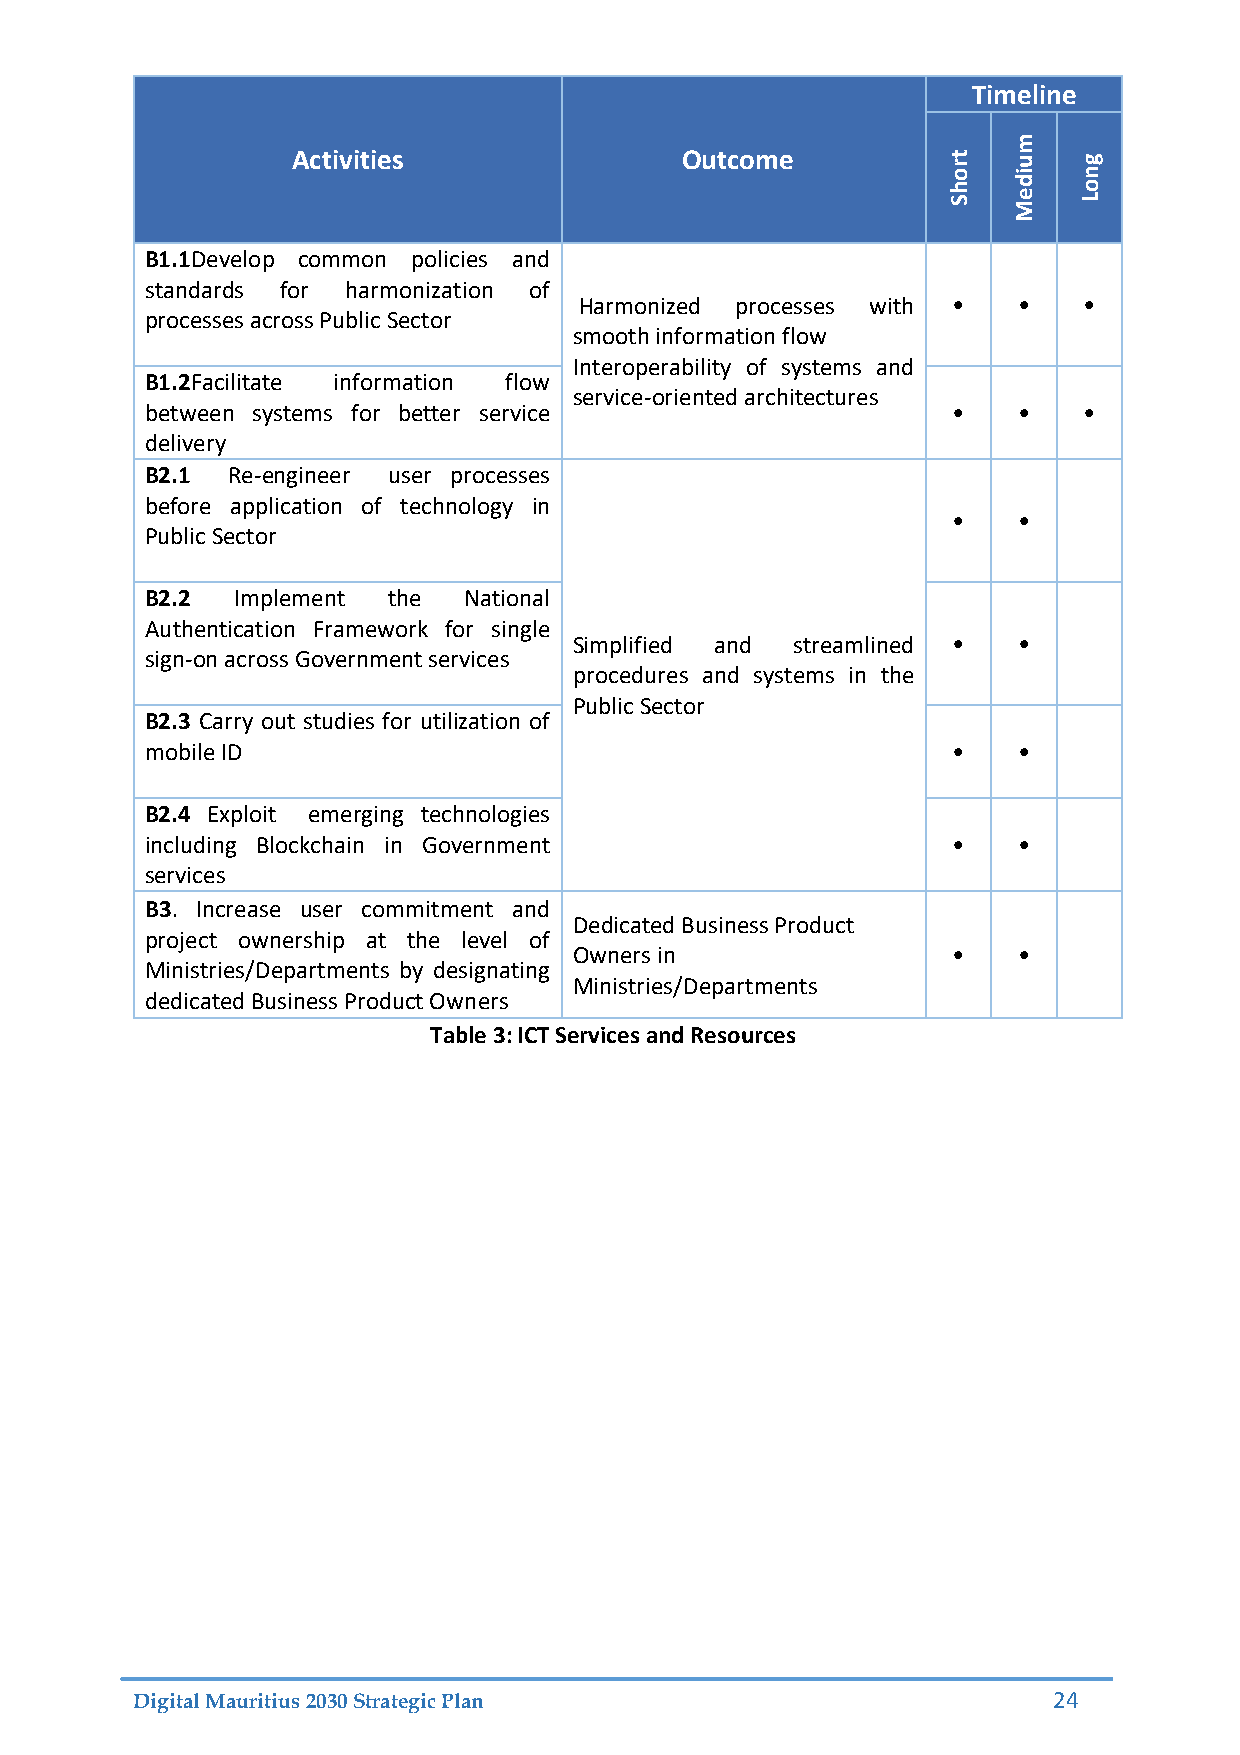
Timeline
 m
 Activities                Outcome           rt  u   g
 ho  di  on
 S   Me  L
 B1.1Develop common policies and
 standards for harmonization of
 Harmonized processes with •  •    •
 processes across Public Sector
 smooth information flow
 Interoperability of systems and
 B1.2Facilitate information flow
 service-oriented architectures
 between systems for better service                   •   •    •
 delivery
 B2.1 Re-engineer user processes
 before application of technology in
 •   •
 Public Sector
 B2.2 Implement  the  National
 Authentication Framework for single
 Simplified and streamlined • •
 sign-on across Government services
 procedures and systems in the
 Public Sector
 B2.3 Carry out studies for utilization of
 mobile ID                                            •   •
 B2.4 Exploit emerging technologies
 including Blockchain in Government                   •   •
 services
 B3. Increase user commitment and
 Dedicated Business Product
 project ownership at the level of
 Owners in                •   •
 Ministries/Departments by designating
 Ministries/Departments
 dedicated Business Product Owners
 Table 3: ICT Services and Resources
 Digital Mauritius 2030 Strategic Plan                        24